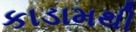
કાડામથી